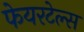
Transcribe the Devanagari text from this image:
फेयरटेल्स